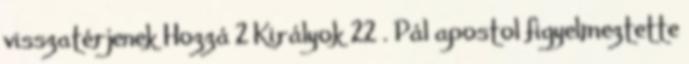
visszatérjenek Hozzá 2 Királyok 22 . Pál apostol figyelmeztette